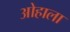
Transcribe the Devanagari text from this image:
ओहाला